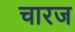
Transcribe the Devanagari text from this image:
चारज